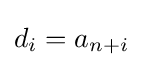
d_{i}=a_{n+i}